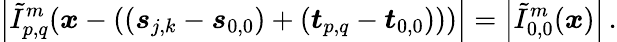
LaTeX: \left\vert\tilde{I}_{p,q}^{m}(\boldsymbol{x}-\left(\left(\boldsymbol{s}_{j,k}-\boldsymbol{s}_{0,0}\right)+\left(\boldsymbol{t}_{p,q}-\boldsymbol{t}_{0,0}\right)\right))\right\vert=\left\vert\tilde{I}_{0,0}^{m}(\boldsymbol{x})\right\vert\, .